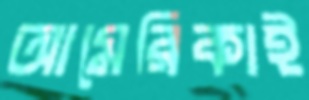
আমেরিকাই